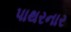
પાથરનાર